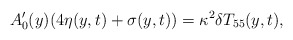
\begin{align*}A_0^\prime(y)(4 \eta(y,t)+\sigma(y,t))=\kappa^2 \delta T_{55}(y,t),\end{align*}